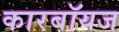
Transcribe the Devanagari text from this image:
कारबॉयज